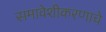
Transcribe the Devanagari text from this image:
समावेशीकरणाचे